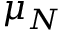
\mu _ { N }